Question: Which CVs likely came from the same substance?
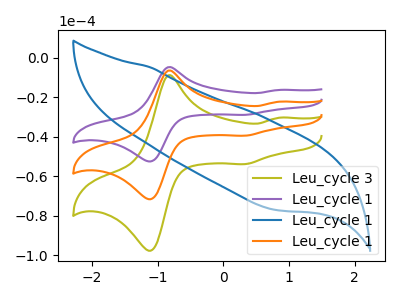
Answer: <think>The olive curve "Leu_cycle 3" has anodic peaks at (-0.85V, -9.00uA) (0.85V, -30.40uA) and cathodic peaks at (-1.15V, -97.05uA) (0.35V, -53.85uA). The purple curve "Leu_cycle 1" has anodic peaks at (-0.85V, -13.20uA) (0.85V, -44.60uA) and cathodic peaks at (-1.15V, -142.30uA) (0.35V, -79.00uA). The blue curve "Leu_cycle 1" has no peaks. The orange curve "Leu_cycle 1" has anodic peaks at (-0.85V, -6.60uA) (0.85V, -22.30uA) and cathodic peaks at (-1.15V, -71.15uA) (0.35V, -39.50uA).
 All the peaks in "Leu_cycle 3" have a peak in "Leu_cycle 1" at the same potential. "Leu_cycle 3" and "Leu_cycle 1" have a different number of peaks. All the peaks in "Leu_cycle 3" have a peak in "Leu_cycle 1" at the same potential. "Leu_cycle 1" and "Leu_cycle 1" have a different number of peaks. All the peaks in "Leu_cycle 1" have a peak in "Leu_cycle 1" at the same potential. "Leu_cycle 1" and "Leu_cycle 1" have a different number of peaks.</think>
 <answer>"Leu_cycle 3", "Leu_cycle 1" and "Leu_cycle 1" have the same shape and are likely CV's of the same chemical.</answer>
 <eval>"Leu_cycle 3" "Leu_cycle 1" "Leu_cycle 1"</eval>